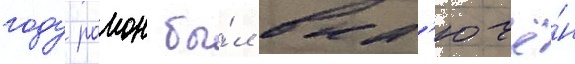
году раион бы́л вкл'ючё́н